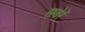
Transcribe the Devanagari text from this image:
सबेरें